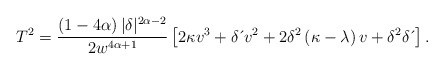
\begin{align*}T^{2}=\frac{\left( 1-4\alpha \right) |\delta|^{2\alpha-2}}{2w^{4\alpha+1}}\left[ 2\kappa v^{3}+\delta \,\acute{}\,v^{2}+2\delta^{2}\left( \kappa-\lambda \right) v+\delta^{2}\delta \,\acute{}\, \right] . \end{align*}